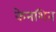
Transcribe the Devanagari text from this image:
केनशिन